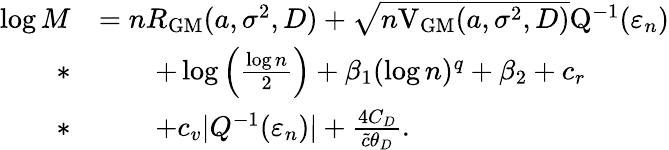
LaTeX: \begin{array}{rl}{\log M}&{=nR_{\mathrm{{GM}}}(a,\sigma^{2},D)+\sqrt{n\mathrm{V}_{\mathrm{GM}}(a,\sigma^{2},D)}\mathrm{Q}^{-1}(\varepsilon_{n})}\\ {*}&{\qquad+\log\Big(\frac{\log n}{2}\Big)+\beta_{1}(\log n)^{q}+\beta_{2}+c_{r}}\\ {*}&{\qquad+c_{v}|Q^{-1}(\varepsilon_{n})|+\frac{4C_{D}}{\tilde{c}\theta_{D}}.}\end{array}